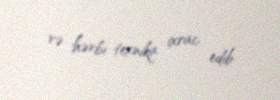
və hərbi texnika ixrac edib.